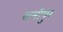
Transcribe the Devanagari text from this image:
समीपुर